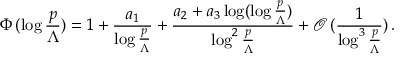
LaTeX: \Phi \, ( \log \frac { p } { \Lambda } ) = 1 + \frac { a _ { 1 } } { \log \frac { p } { \Lambda } } + \frac { a _ { 2 } + a _ { 3 } \log ( \log \frac { p } { \Lambda } ) } { \log ^ { 2 } \frac { p } { \Lambda } } + \mathcal { O } \, ( \frac { 1 } { \log ^ { 3 } \frac { p } { \Lambda } } ) \, .